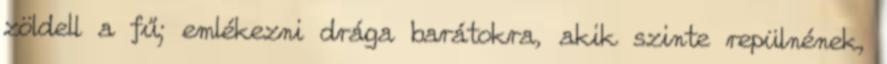
zöldell a fű; emlékezni drága barátokra, akik szinte repülnének,